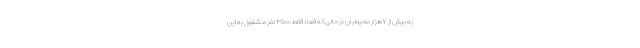
به بیش از ۷هزار محیط‌بان در حالی که فعلا فقط ۳۵۰۰ نفر مشغول به این